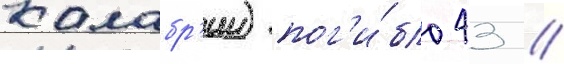
калабр'ии) пог'и́бло 43 /